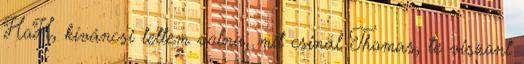
HoH, kíváncsi lettem volna, mit csinál Thomas, te viszont